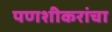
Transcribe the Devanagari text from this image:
पणशीकरांचा